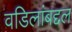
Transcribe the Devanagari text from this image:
वडिलांबद्दल